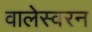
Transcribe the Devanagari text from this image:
वालेस्वरन